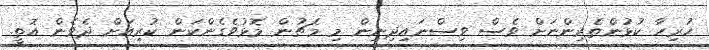
ހުރިހާ ކުޅުންތެރިންނަށް ވެސް ވިސްނައިދިނިން މި މެޗުން މޮޅުވެގެންކަން ކުރިއަށް ދެވެން އޮތީ.